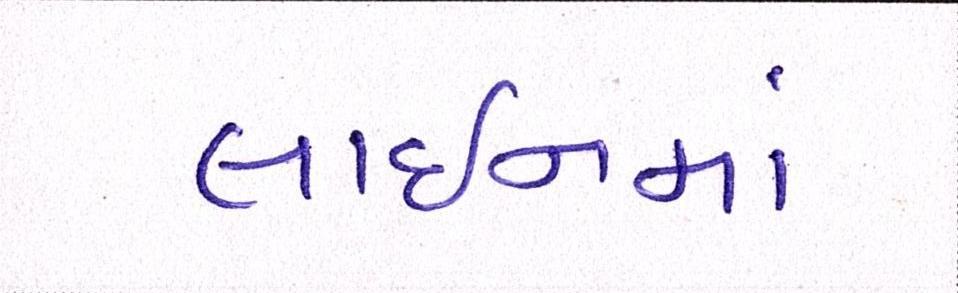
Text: લાઈનમાં